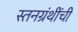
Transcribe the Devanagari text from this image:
स्तनग्रंथींची